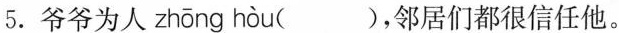
5.爷爷为人 zhōng hòu ( )，邻居们都很信任他。